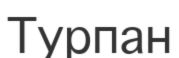
Турпан